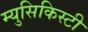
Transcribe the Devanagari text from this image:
म्युसिकिस्टी